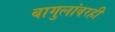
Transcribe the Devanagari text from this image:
बागुलांवरही